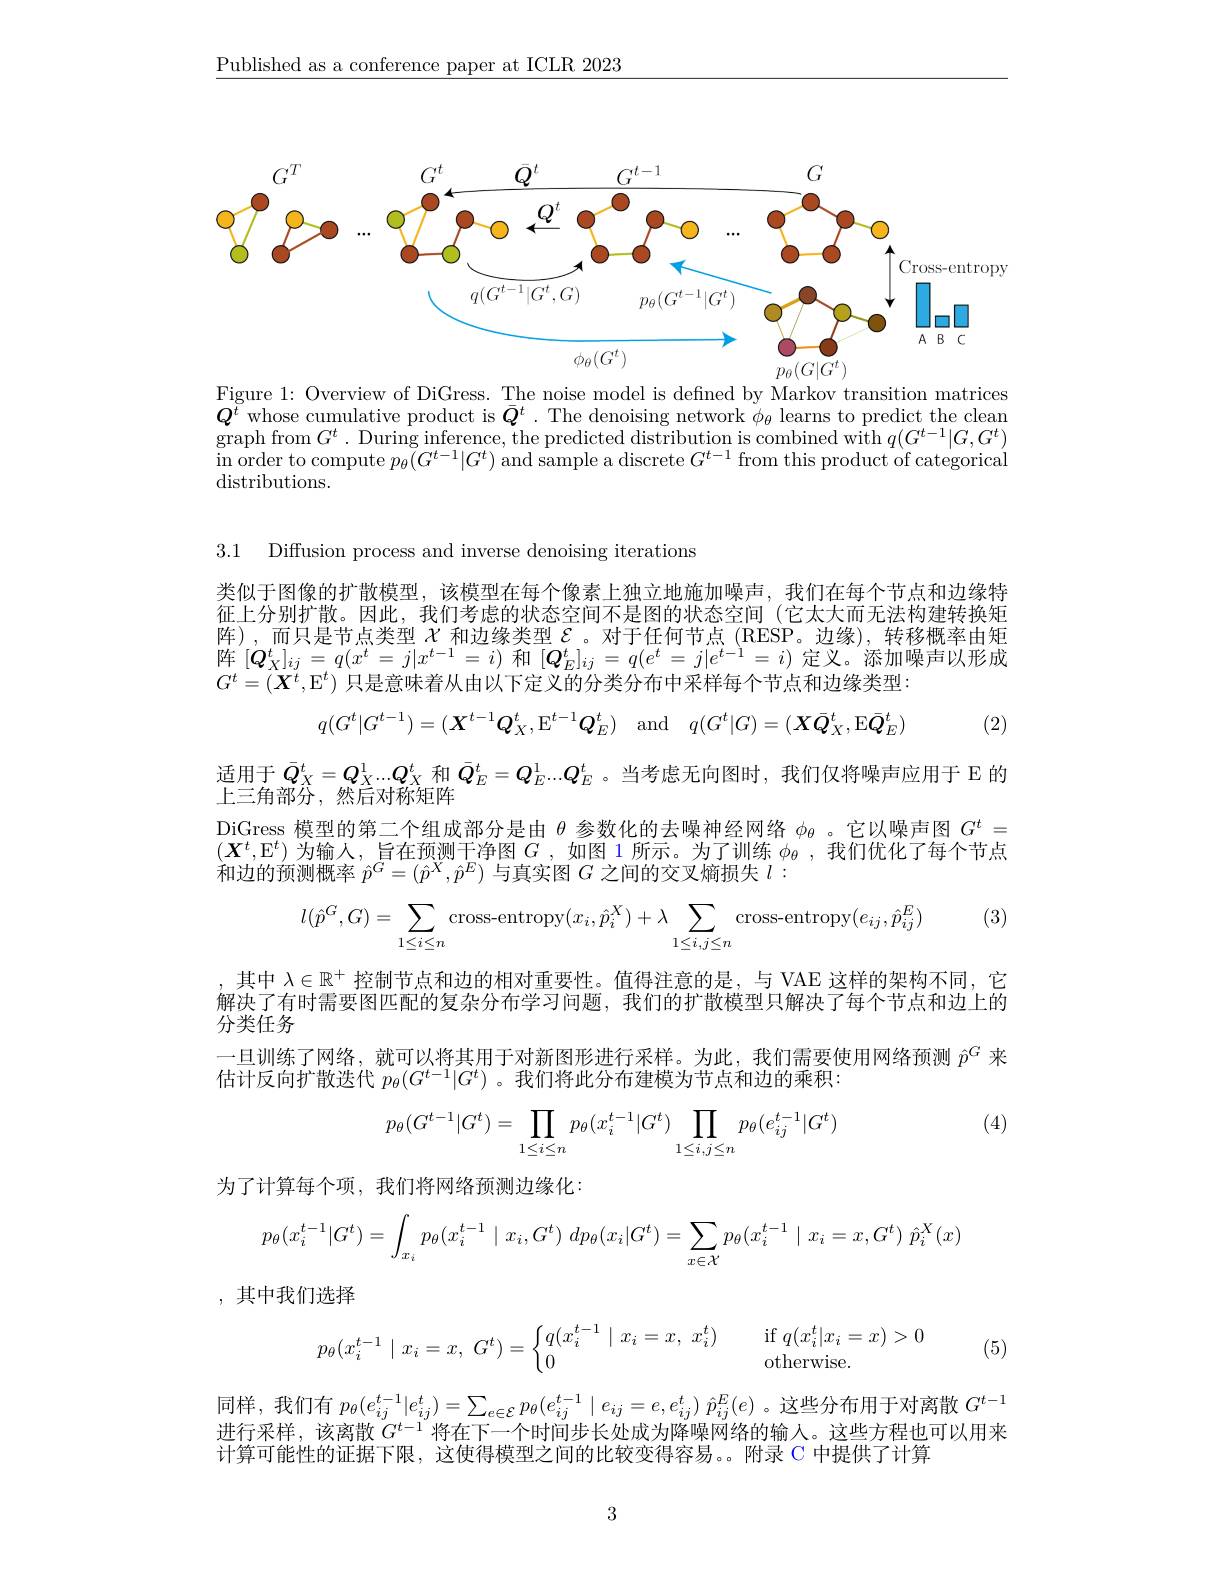
$\underline{\text{Published as a conference paper at ICLR 2023}}$

<FigureHere>

Figure 1: Overview of DiGress. The noise model is defined by Markov transition matrices $Q^{\breve{t}}$ whose cumulative product is $\bar{Q}^t.$ The denoising network $\phi_\theta$ learns to predict the clean $\begin{array}{l}{\mathrm{graph~from~}G^{t}.\text{ During inference, the predicted distribution is combined with }q(G^{t-1}|G,G^{t})}\\{\mathrm{graph~from~}G^{t}.\text{ During inference, the predicted distribution is combined with }q(G^{t-1}|{G},G^{t})}\end{array}$ $\begin{array}{cc}\mathrm{in~order~to~compute~}p_{\theta}(G^{t-1}|G^{t})\text{ and sample a discrete }G^{t-1}\text{ from this product of categorical}\end{array}$ distributions.

3.1 Diffusion process and inverse denoising iterations

类似于图像的扩散模型，该模型在每个像素上独立地施加噪声，我们在每个节点和边缘特征上分别扩散。因此，我们考虑的状态空间不是图的状态空间(它太大而无法构建转换矩阵),而只是节点类型$\chi$ 和边缘类型$\mathcal{E}$。对于任何节点(RESP。边缘),转移概率由矩阵$[Q_X^t]_{ij}=q(x^t=j|x^{t-1}=i)$和$[Q_E^t]_{ij}=q(e^t=j|e^{t-1}=i)$定义。添加噪声以形成$G^t=(\overline{\boldsymbol{X}^t},\mathbb{E}^t)$只是意味着从由以下定义的分类分布中采样每个节点和边缘类型：
$$q(G^t|G^{t-1})=(\boldsymbol{X}^{t-1}\boldsymbol{Q}_X^t,\mathrm{E}^{t-1}\boldsymbol{Q}_E^t)\quad\mathrm{and}\quad q(G^t|G)=(\boldsymbol{X}\bar{\boldsymbol{Q}}_X^t,\mathrm{E}\bar{\boldsymbol{Q}}_E^t)$$
(2)

适用于$\bar{Q}_X^t=Q_X^1...Q_X^t$ 和$\bar{Q}_E^t=Q_E^1...Q_E^t$。当考虑无向图时，我们仅将噪声应用于 E 的
上三角部分，然后对称矩阵
DiGress 模型的第二个组成部分是由$\theta$参数化的去噪神经网络$\phi_\theta$ 。它以噪声图$G^t=$ $(\boldsymbol{X}^t,\mathcal{E}^t)$为输入，旨在预测干净图$G$,如图 1 所示。为了训练$\phi_\theta$ ,我们优化了每个节点和边的预测概率$\hat{p}^G=(\hat{p}^X,\hat{p}^E)$与真实图$G$之间的交叉熵损失$l:$

(3)
$$l(\hat{p}^G,G)=\sum\limits_{1\le i\le n}\text{cross-entropy}(x_i,\hat{p}_i^X)+\lambda\sum\limits_{1\le i,j\le n}\text{cross-entropy}(e_{ij},\hat{p}_{ij}^E)$$
其中$\lambda\in\mathbb{R}^+$控制节点和边的相对重要性。值得注意的是，与 VAE 这样的架构不同，它解决了有时需要图匹配的复杂分布学习问题，我们的扩散模型只解决了每个节点和边上的分类任务
一旦训练了网络，就可以将其用于对新图形进行采样。为此，我们需要使用网络预测$\hat{p}^G$来
估计反向扩散迭代$p_\theta(G^{t-1}|G^t)$ 。我们将此分布建模为节点和边的乘积：

(4)
$$p_\theta(G^{t-1}|G^t)=\prod\limits_{1\le i\le n}p_\theta(x_i^{t-1}|G^t)\prod\limits_{1\le i,j\le n}p_\theta(e_{ij}^{t-1}|G^t)$$
为了计算每个项，我们将网络预测边缘化：
$$p_\theta(x_i^{t-1}|G^t)=\int_{x_i}p_\theta(x_i^{t-1}\mid x_i,G^t)\:dp_\theta(x_i|G^t)=\sum_{x\in\mathcal{X}}p_\theta(x_i^{t-1}\mid x_i=x,G^t)\:\hat{p}_i^X(x)$$
,其中我们选择

(5)
$$p_\theta(x_i^{t-1}\mid x_i=x,\:G^t)=\begin{cases}q(x_i^{t-1}\mid x_i=x,\:x_i^t)&\quad\text{if}\:q(x_i^t|x_i=x)>0\\0&\quad\text{otherwise.}\end{cases}$$
同样，我们有$p_\theta ( e_{ij}^{t- 1}| e_{ij}^t) = \sum _{e\in \mathcal{E} }p_\theta ( e_{ij}^{t- 1}\mid e_{ij}= e, e_{ij}^t)$ $\hat{p} _{ij}^E( e)$。这些分布用于对离散$G^t-1$ 进行采样，该离散$G^{t-1}$将在下一个时间步长处成为降噪网络的输入。这些方程也可以用来计算可能性的证据下限，这使得模型之间的比较变得容易。。附录 C 中提供了计算

3